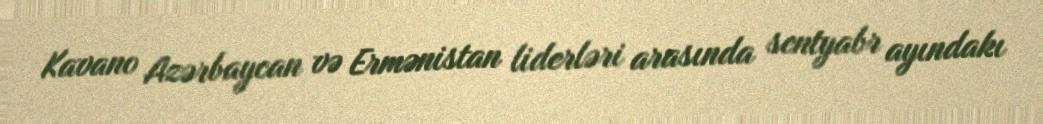
Kavano Azərbaycan və Ermənistan liderləri arasında sentyabr ayındakı